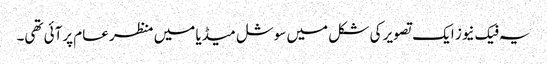
یہ فیک نیوز ایک تصویر کی شکل میں سوشل میڈیا میں منظر عام پرآئی تھی۔